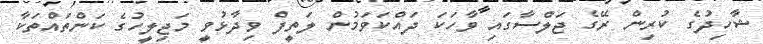
ޝާހިދުގެ ކުރިން ރޭގެ ޖަލްސާގައި ވާހަކަ ދައްކަވަމުން ލަތީފް ވިދާޅުވީ މަޖިލީހުގެ ކަންތައްތަކާ